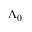
\Lambda _ { 0 }